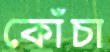
কোঁচা